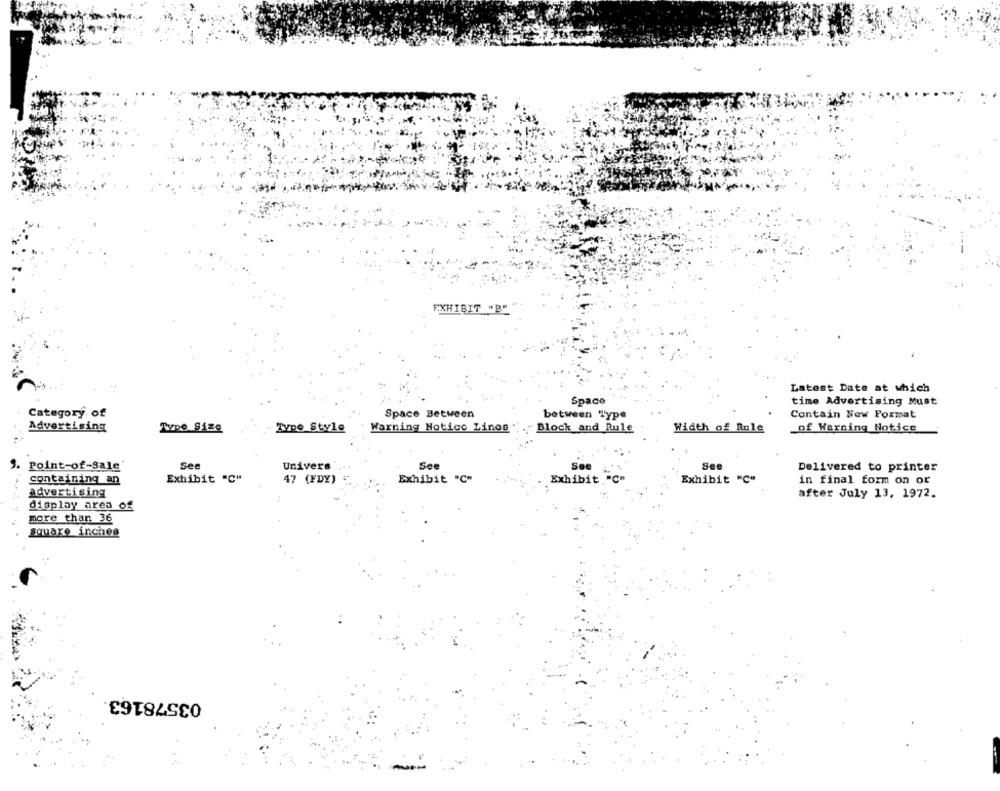
EXHIBIT "B"
Latest Date at which
Space
time Advertising Must
Category of
Space Between
between Type
Contain New Format
Warning Notice Lines
" Block and Rule
_of Warning Notice
Advertising
Type Size
Type Style
Width of Rule
Point-of-Sale
See
Univers
See
See
See
Delivered to printer
containing an
Exhibit "C"
47 (FDY)
Exhibit "C"
Exhibit "C"
Exhibit "C"
in final form on or
advertising
after July 13, 1972.
display area of
more than 36
square inches
03578163